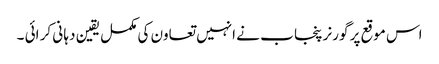
اس موقع پر گورنر پنجا ب نے انہیں تعاون کی مکمل یقین دہا نی کر ائی ۔